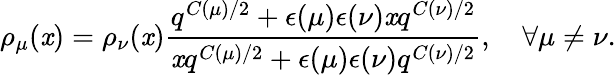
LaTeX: \rho_{\mu}(\mathit{x})=\rho_{\nu}(\mathit{x})\frac{{q^{C(\mu)/2}+\epsilon(\mu)\epsilon(\nu)\mathit{x}q^{C(\nu)/2}}}{{\mathit{x}q^{C(\mu)/2}+\epsilon(\mu)\epsilon(\nu)q^{C(\nu)/2}}},~~~~\forall\mu\neq\nu.